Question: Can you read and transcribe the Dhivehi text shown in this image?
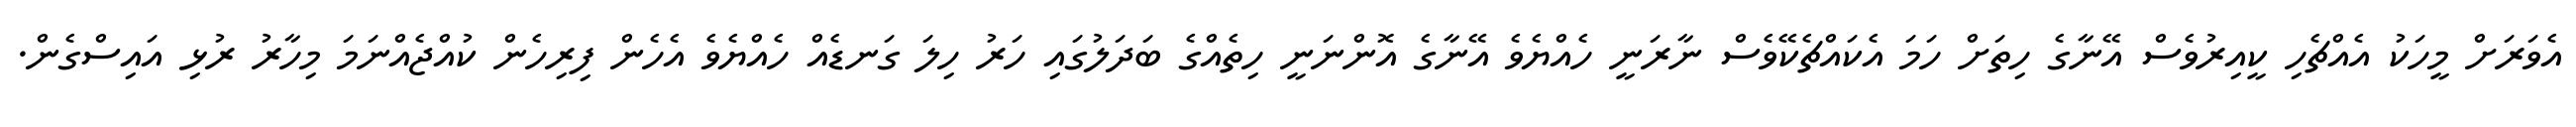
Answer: އެވަރަށް މީހަކު އެއްޗެހި ކީއިރުވެސް އޭނާގެ ހިތަށް ހަމަ އެކައްޗެކޭވެސް ނާރަނީ ހެއްޔެވެ އޭނާގެ އޮންނަނީ ހިތެއްގެ ބަދަލުގައި ހަރު ހިލަ ގަނޑެއް ހެއްޔެވެ އެހެން ފިރިހެން ކުއްޖެއްނަމަ މިހާރު ރުޅި އައިސްގެން.